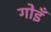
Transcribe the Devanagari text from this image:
गोइँ